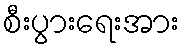
စီးပွားရေးအား